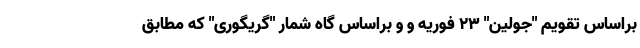
براساس تقویم "جولین" 23 فوریه و و براساس گاه شمار "گریگوری" که مطابق